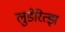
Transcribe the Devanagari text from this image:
लुडेरित्झ